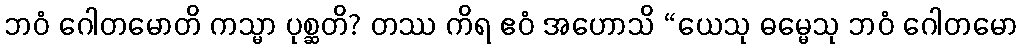
ဘဝံ ဂေါတမောတိ ကသ္မာ ပုစ္ဆတိ? တဿ ကိရ ဧဝံ အဟောသိ “ယေသု ဓမ္မေသု ဘဝံ ဂေါတမော